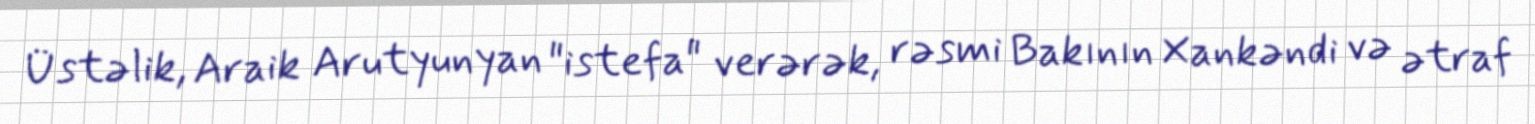
Üstəlik, Araik Arutyunyan "istefa" verərək, rəsmi Bakının Xankəndi və ətraf